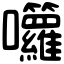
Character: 囖